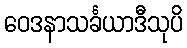
ဝေဒနာသင်္ခယာဒီသုပိ